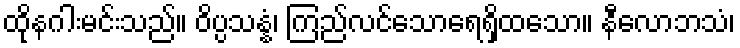
ထိုနဂါးမင်းသည်။ ဝိပ္ပသန္နံ၊ ကြည်လင်သောရေရှိထသော။ နီလောဘသံ၊